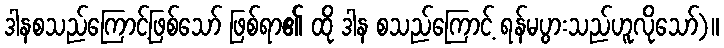
ဒါနစသည်ကြောင့်ဖြစ်သော် ဖြစ်ရာ၏ ထို ဒါန စသည်ကြောင့် ရန်မပွားသည်ဟူလိုသော်)။